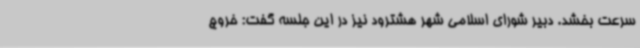
سرعت بخشد. دبیر شورای اسلامی شهر هشترود نیز در این جلسه گفت: خروج